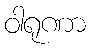
ဝါရုဏာ